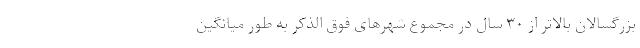
بزرگسالان بالاتر از ۳۰ سال در مجموع شهرهای فوق الذکر به طور میانگین